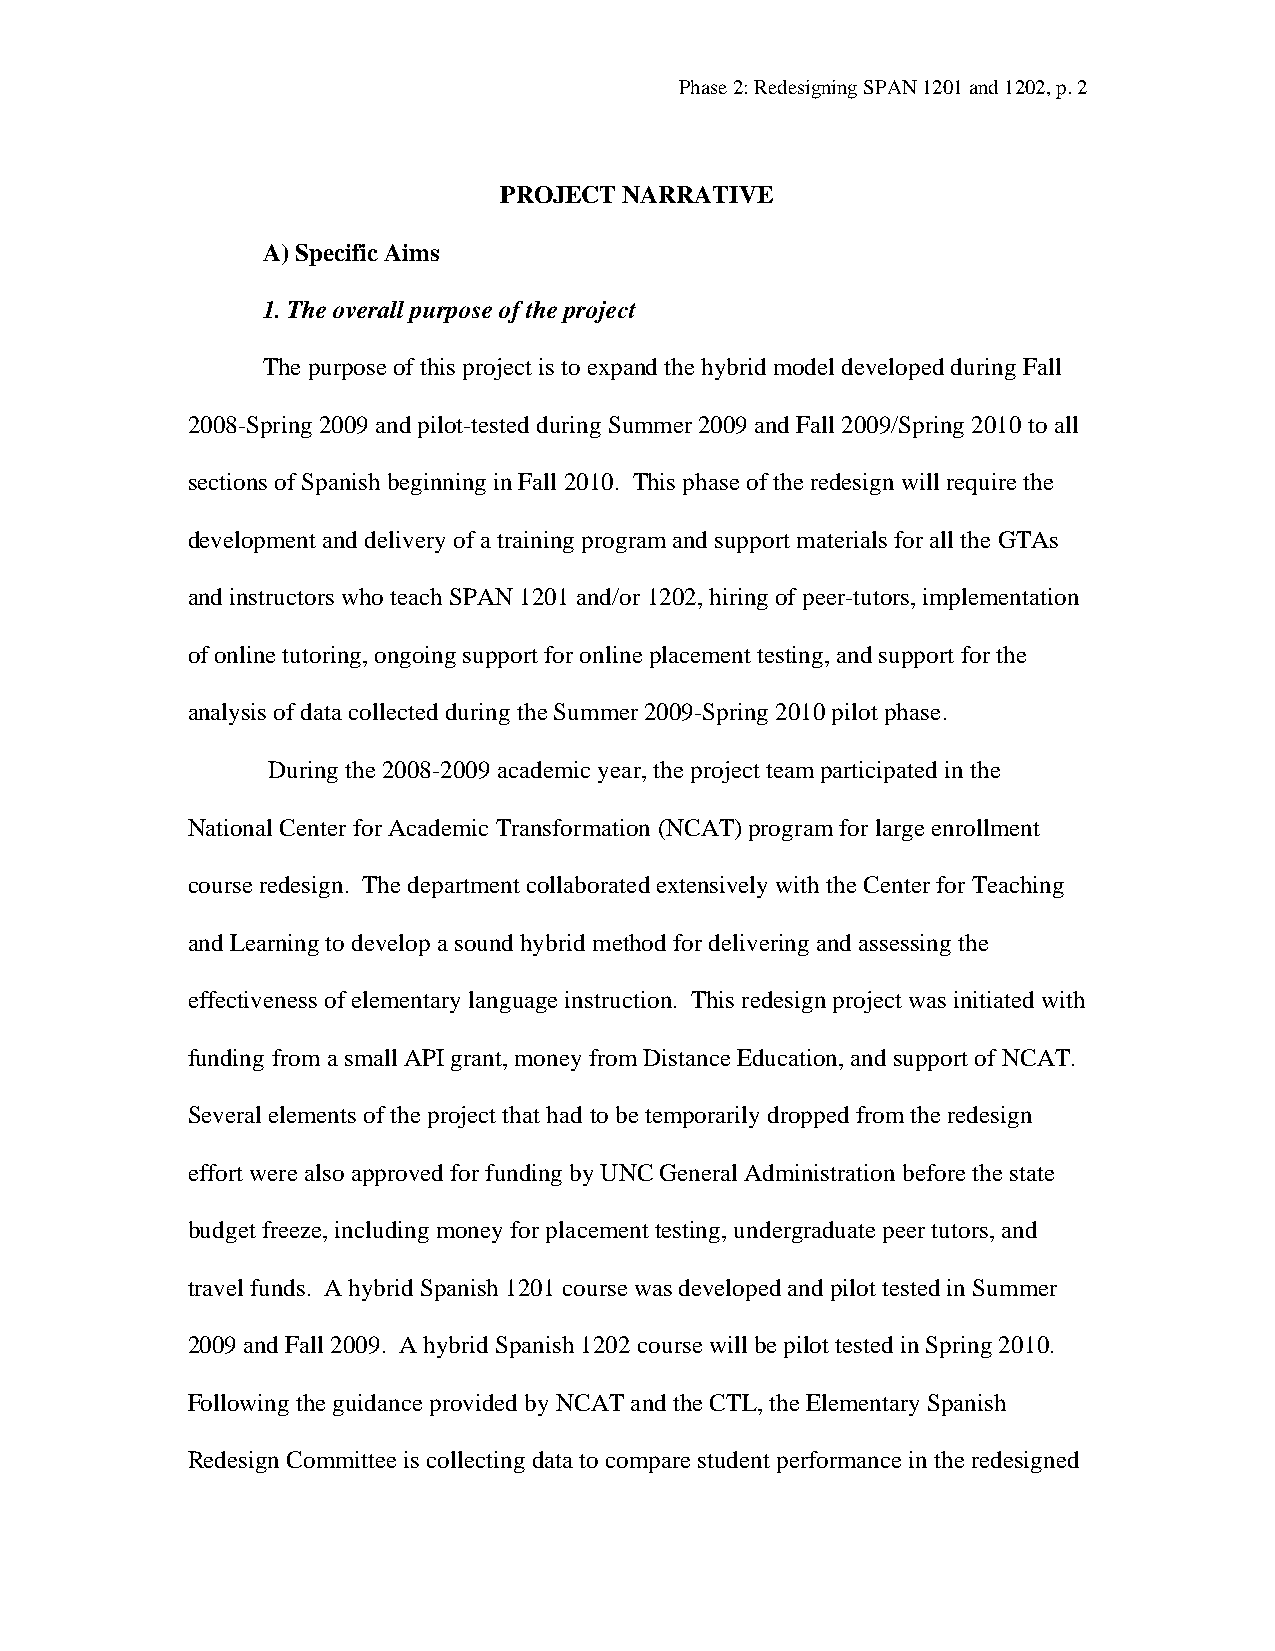
Phase 2: Redesigning SPAN 1201 and 1202, p. 2
 PROJECT NARRATIVE
 A) Specific Aims
 1. The overall purpose of the project
 The purpose of this project is to expand the hybrid model developed during Fall
 2008-Spring 2009 and pilot-tested during Summer 2009 and Fall 2009/Spring 2010 to all
 sections of Spanish beginning in Fall 2010. This phase of the redesign will require the
 development and delivery of a training program and support materials for all the GTAs
 and instructors who teach SPAN 1201 and/or 1202, hiring of peer-tutors, implementation
 of online tutoring, ongoing support for online placement testing, and support for the
 analysis of data collected during the Summer 2009-Spring 2010 pilot phase.
 During the 2008-2009 academic year, the project team participated in the
 National Center for Academic Transformation (NCAT) program for large enrollment
 course redesign. The department collaborated extensively with the Center for Teaching
 and Learning to develop a sound hybrid method for delivering and assessing the
 effectiveness of elementary language instruction. This redesign project was initiated with
 funding from a small API grant, money from Distance Education, and support of NCAT.
 Several elements of the project that had to be temporarily dropped from the redesign
 effort were also approved for funding by UNC General Administration before the state
 budget freeze, including money for placement testing, undergraduate peer tutors, and
 travel funds. A hybrid Spanish 1201 course was developed and pilot tested in Summer
 2009 and Fall 2009. A hybrid Spanish 1202 course will be pilot tested in Spring 2010.
 Following the guidance provided by NCAT and the CTL, the Elementary Spanish
 Redesign Committee is collecting data to compare student performance in the redesigned